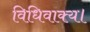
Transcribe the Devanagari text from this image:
विधिवाक्य।